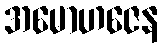
အမောဟဇေန